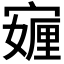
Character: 𭔖